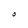
Character: O